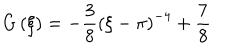
G \left( \xi \right) = - \frac { 3 } { 8 } \left( \xi - \pi \right) ^ { - 4 } + \frac { 7 } { 8 } \,